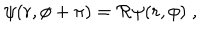
\psi ( r , \phi + \pi ) = { \cal R } \psi ( r , \phi ) \; ,